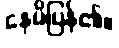
နေမိပြန်၏။